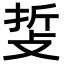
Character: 𢼺